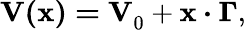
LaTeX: \mathbf{V(x)=V}_{0}+\mathbf{x}\boldsymbol{\cdot}\boldsymbol{\Gamma},